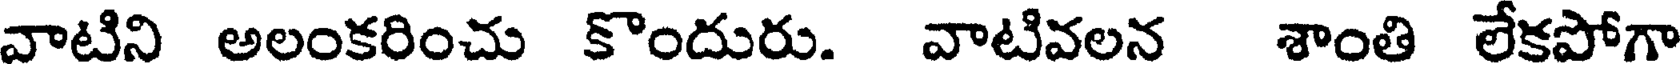
వాటిని అలంకరించు కొందురు. వాటివలన శాంతి లేకపోగా